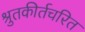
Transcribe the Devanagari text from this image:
श्रुतकीर्तचरित